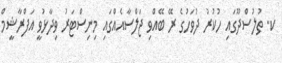
ކ. ތުލުސްދޫގައި ހުކުރު ދުވަހުގެ ރޭ ބޭއްވި ޖަލްސާއެއްގައި މިނިސްޓަރު ވިދާޅުވީ އަފްރާޝީމް